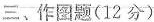
三、作图题(12分)